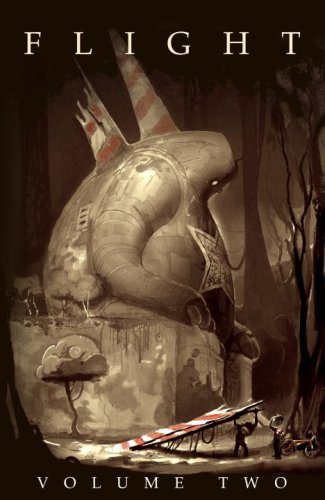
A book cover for Flight, Volume Two; Comics & Graphic Novels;